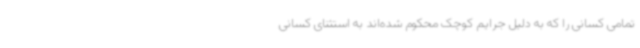
تمامی کسانی را که به دلیل جرایم کوچک محکوم شده‌اند به استثنای کسانی